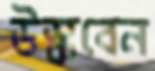
উস্‌কবেন